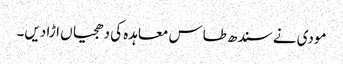
مودی نے سندھ طاس معاہدہ کی دھجیاں اڑا دیں۔